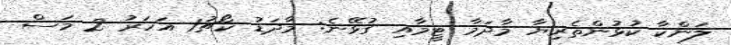
ލަންކާ ކުޅުންތެރިޔާ މާދަމާ ޓީމާއި ގުޅޭނެ: މާދަޑު ކޯޗު1 އަހަރު 2 މަސް